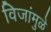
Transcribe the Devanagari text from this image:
विजांमुळे